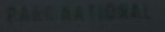
PARK NATIONAL